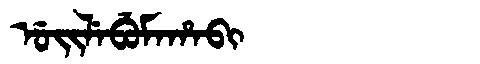
Manchu: ᡠᡳᠯᡝᠪᡠᠮᠠᡥᠠᠪᡳ
Romanization: UILEBUMAHABI